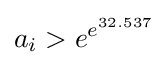
a_{i}>e^{e^{32.537}}